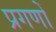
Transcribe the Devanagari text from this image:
प्रगणों